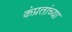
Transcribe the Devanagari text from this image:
कंप्रतांच्या